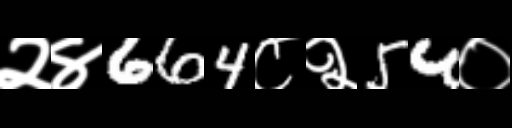
Text: २४664८२54०